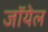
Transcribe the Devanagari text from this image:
जॉयेल